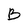
Character: B